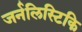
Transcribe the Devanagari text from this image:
जर्नलिस्टिकि